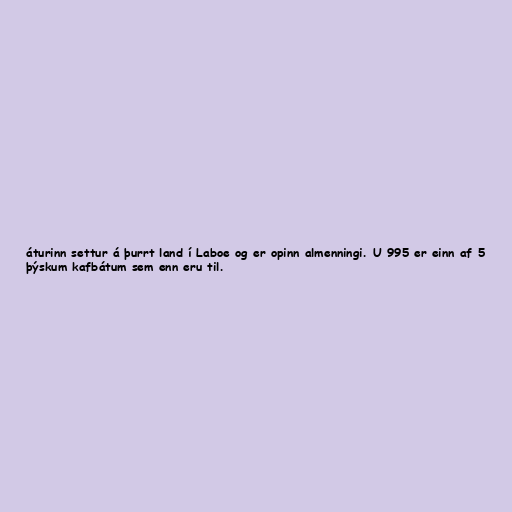
áturinn settur á þurrt land í Laboe og er opinn almenningi. U 995 er einn af 5
þýskum kafbátum sem enn eru til.